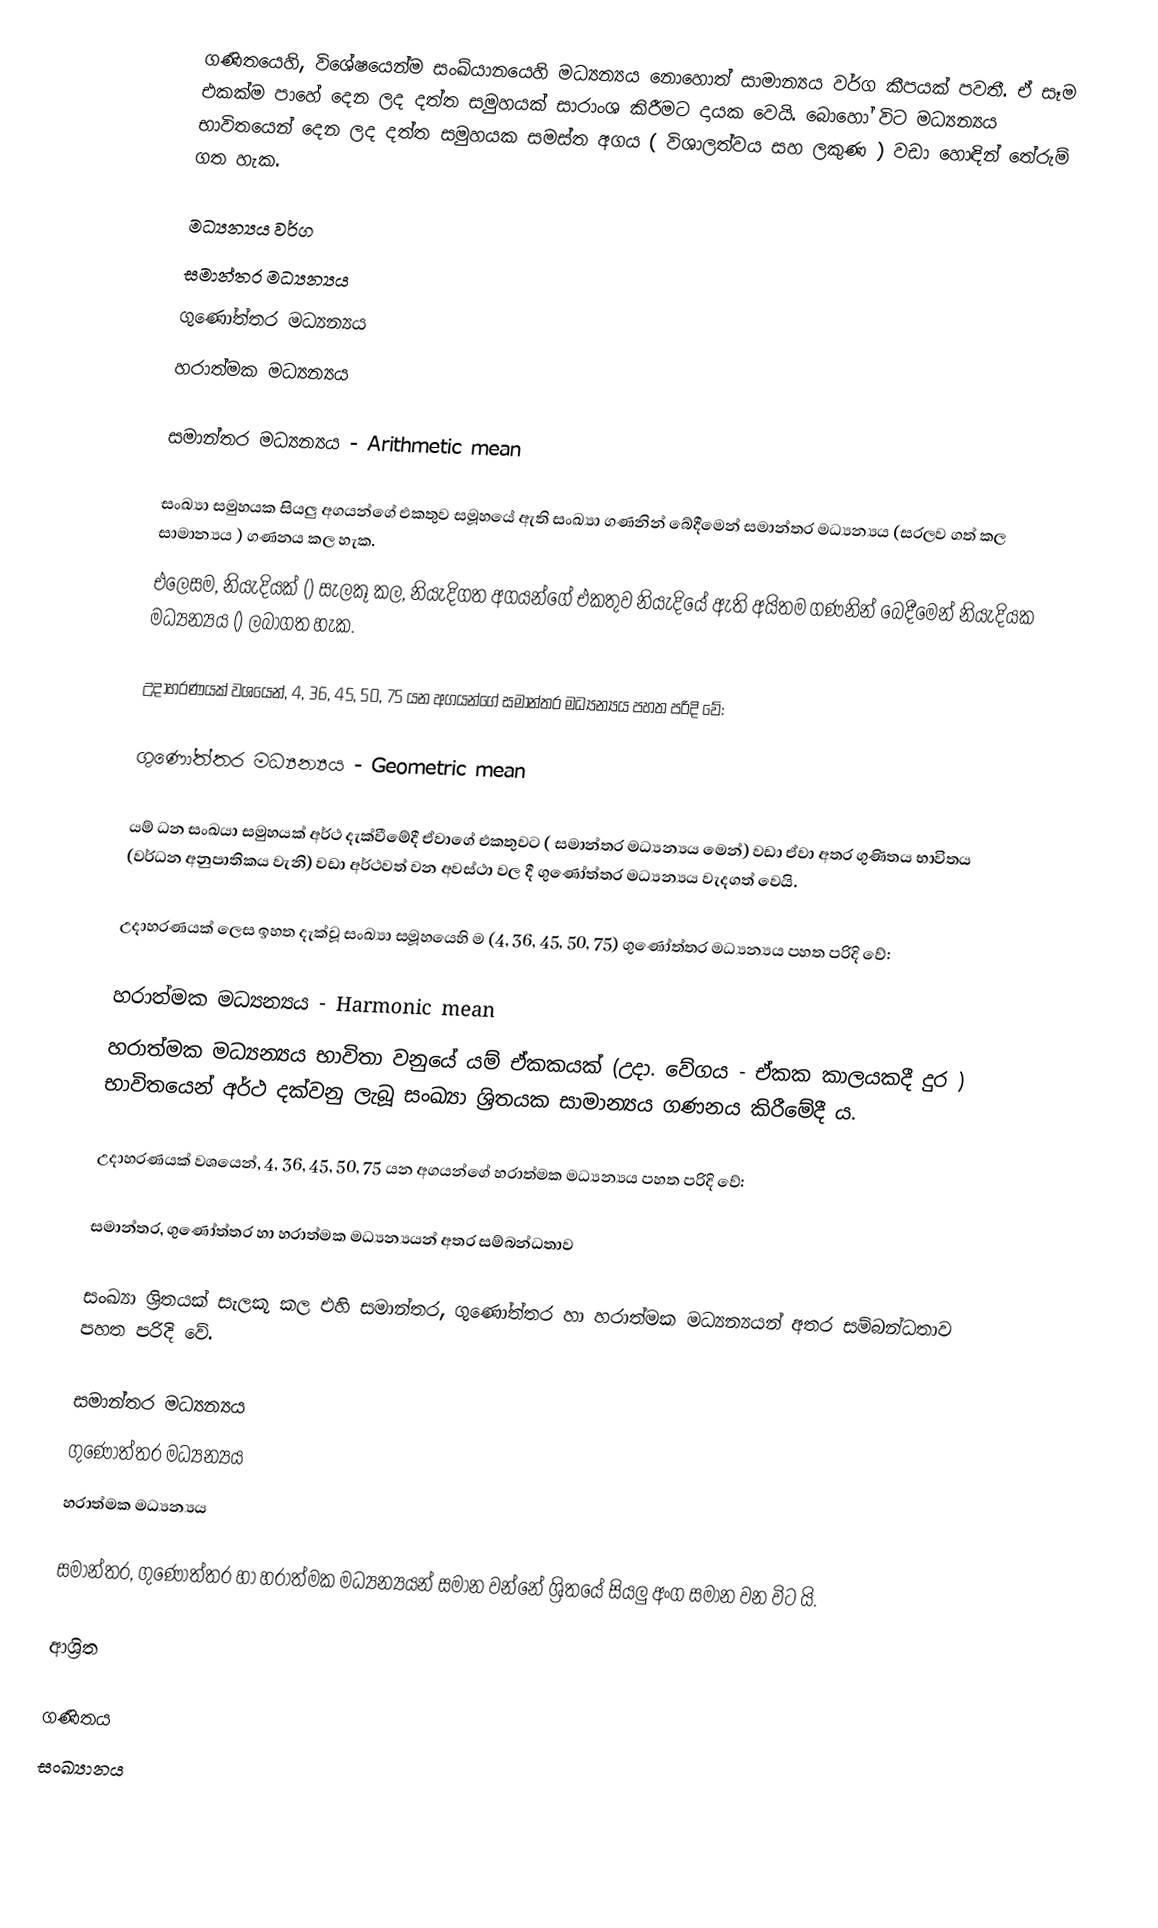
ගණිතයෙහි, විශේෂයෙන්ම සංඛ්යානයෙහි මධ්‍යන්‍යය නොහොත් සාමාන්‍යය වර්ග කීපයක් පවතී. ඒ සෑම එකක්ම පාහේ දෙන ලද දත්ත සමුහයක් සාරාංශ කිරීමට දායක වෙයි. බොහෝ විට මධ්‍යන්‍යය භාවිතයෙන් දෙන ලද දත්ත සමුහයක සමස්ත අගය ( විශාලත්වය සහ ලකුණ ) වඩා හොඳින් තේරුම් ගත හැක.

මධ්‍යන්‍යය වර්ග
 සමාන්තර මධ්‍යන්‍යය
 ගුණෝත්තර මධ්‍යන්‍යය
 හරාත්මක මධ්‍යන්‍යය

සමාන්තර මධ්‍යන්‍යය - Arithmetic mean

සංඛ්‍යා සමුහයක සියලු අගයන්ගේ එකතුව සමූහයේ ඇති සංඛ්‍යා ගණනින් බේදීමෙන් සමාන්තර මධ්‍යන්‍යය (සරලව ගත් කල සාමාන්‍යය ) ගණනය කල හැක.
එලෙසම, නියැදියක් () සැලකූ කල, නියැදිගත අගයන්ගේ එකතුව නියැදියේ ඇති අයිතම ගණනින් බෙදීමෙන් නියැදියක මධ්‍යන්‍යය () ලබාගත හැක.

උදාහරණයක් වශයෙන්, 4, 36, 45, 50, 75 යන අගයන්ගේ සමාන්තර මධ්‍යන්‍යය පහත පරිදි වේ:

ගුණෝත්තර මධ්‍යන්‍යය - Geometric mean

යම් ධන සංඛයා සමුහයක් අර්ථ දැක්වීමේදී ඒවාගේ එකතුවට ( සමාන්තර මධ්‍යන්‍යය මෙන්) වඩා ඒවා අතර ගුණිතය භාවිතය (වර්ධන අනුපාතිකය වැනි) වඩා අර්ථවත් වන අවස්ථා වල දී ගුණෝත්තර මධ්‍යන්‍යය වැදගත් වෙයි.

උදාහරණයක් ලෙස ඉහත දැක්වූ සංඛ්‍යා සමූහයෙහි ම (4, 36, 45, 50, 75) ගුණෝත්තර මධ්‍යන්‍යය පහත පරිදි වේ:

හරාත්මක මධ්‍යන්‍යය - Harmonic mean
හරාත්මක මධ්‍යන්‍යය භාවිතා වනුයේ යම් ඒකකයක් (උදා. වේගය - ඒකක කාලයකදී දුර ) භාවිතයෙන් අර්ථ දක්වනු ලැබූ සංඛ්‍යා ශ්‍රිතයක සාමාන්‍යය ගණනය කිරීමේදී ය.

උදාහරණයක් වශයෙන්, 4, 36, 45, 50, 75 යන අගයන්ගේ හරාත්මක මධ්‍යන්‍යය පහත පරිදි වේ:

සමාන්තර, ගුණෝත්තර හා හරාත්මක  මධ්‍යන්‍යයන්  අතර සම්බන්ධතාව

සංඛ්‍යා ශ්‍රිතයක් සැලකූ කල එහි සමාන්තර, ගුණෝත්තර හා හරාත්මක මධ්‍යන්‍යයන් අතර සම්බන්ධතාව පහත පරිදි වේ.

 සමාන්තර මධ්‍යන්‍යය
 ගුණෝත්තර මධ්‍යන්‍යය
 හරාත්මක මධ්‍යන්‍යය

සමාන්තර, ගුණෝත්තර හා හරාත්මක මධ්‍යන්‍යයන් සමාන වන්නේ ශ්‍රිතයේ සියලු අංග සමාන වන විට යි.

ආශ්‍රිත

ගණිතය
සංඛ්‍යානය